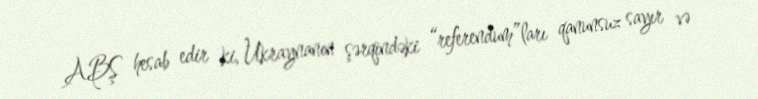
ABŞ hesab edir ki, Ukraynanın şərqindəki “referendum”ları qanunsuz sayır və